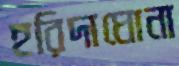
হরিদাঘোনা